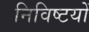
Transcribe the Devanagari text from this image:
निविष्टयों